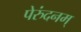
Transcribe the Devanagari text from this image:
पेरुंदनम्